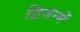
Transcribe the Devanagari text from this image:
द्विजन्में